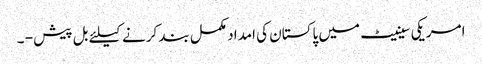
امریکی سینیٹ میں پاکستان کی امداد مکمل بند کرنے کیلئے بل پیش - ۔